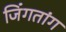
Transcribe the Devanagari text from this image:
जिंगतांग